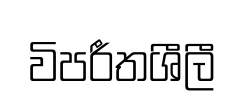
විපරීතශීලී